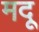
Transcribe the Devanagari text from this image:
मदू